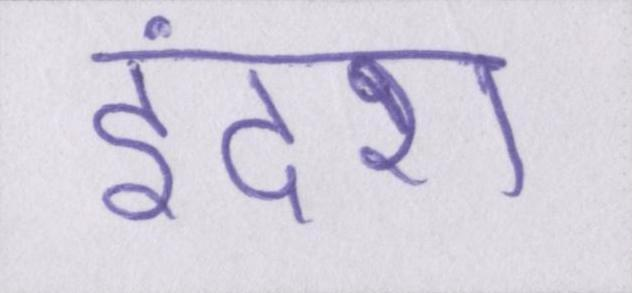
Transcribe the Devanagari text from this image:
इंदरा